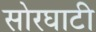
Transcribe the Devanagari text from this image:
सोरघाटी